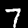
Label: 7